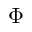
\Phi